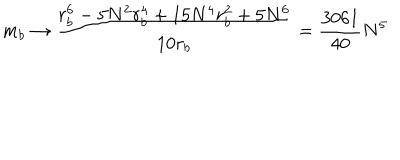
m _ { b } \rightarrow \frac { r _ { b } ^ { 6 } - 5 N ^ { 2 } r _ { b } ^ { 4 } + 1 5 N ^ { 4 } r _ { b } ^ { 2 } + 5 N ^ { 6 } } { 1 0 r _ { b } } = \frac { 3 0 6 1 } { 4 0 } N ^ { 5 }